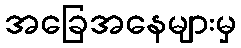
အခြေအနေများမှ